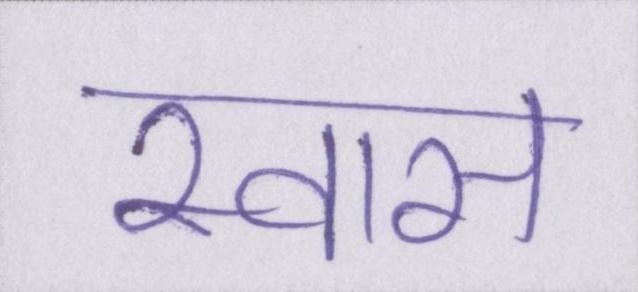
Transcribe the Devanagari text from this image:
स्वास